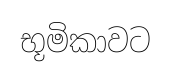
භූමිකාවට